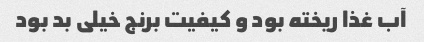
آب غذا ریخته بود و کیفیت برنج خیلی بد بود